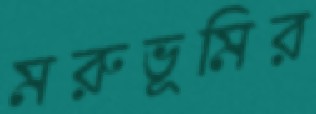
মরুভূমির